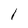
Character: 1